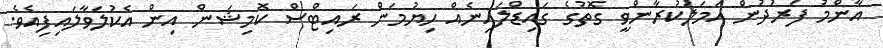
އާންމު ފަރުދުން އަމަލުކުރާންވީ ގޮތުގެ ގައިޑްލައިނެއް ހިޔުމަން ރައިޓްސް ކޮމިޝަން އިން އެކުލަވާލައިފިއެވެ.